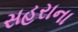
સહરાના